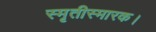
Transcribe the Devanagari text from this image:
स्मृतीस्मारक।